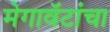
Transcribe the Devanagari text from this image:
मेगावॅटांचा